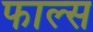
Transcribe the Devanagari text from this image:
फाल्‍स